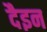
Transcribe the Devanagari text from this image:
दैइन